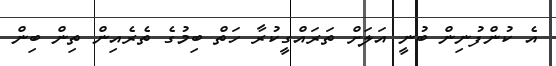
އެ ކުންފުނިން ބުނީ އަލަށް ތަރައްގީކުރާ ހަތް ބިމުގެ ތެރެއިން ތިން ބިން